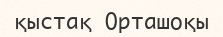
қыстақ Орташоқы